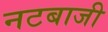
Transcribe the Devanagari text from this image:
नटबाजी